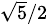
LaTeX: \scriptstyle{\sqrt{5}}/2